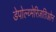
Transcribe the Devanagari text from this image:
डेपोल्य्मेरिज़तिओन